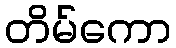
တိမ်ကော